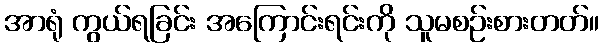
အာရုံ ကွယ်ရခြင်း အကြောင်းရင်းကို သူမစဉ်းစားတတ်။